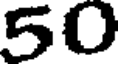
50